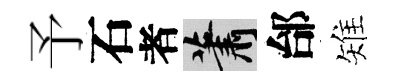
予石者蕭邰雉